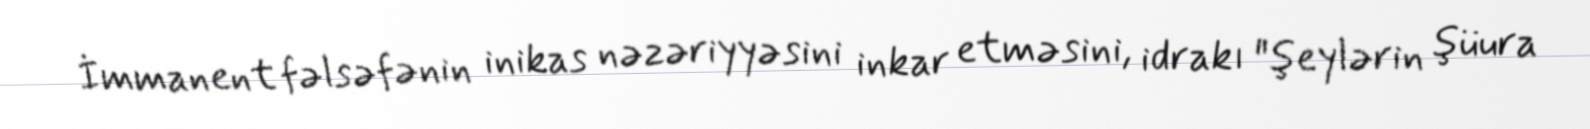
İmmanent fəlsəfənin inikas nəzəriyyəsini inkar etməsini, idrakı "şeylərin şüura